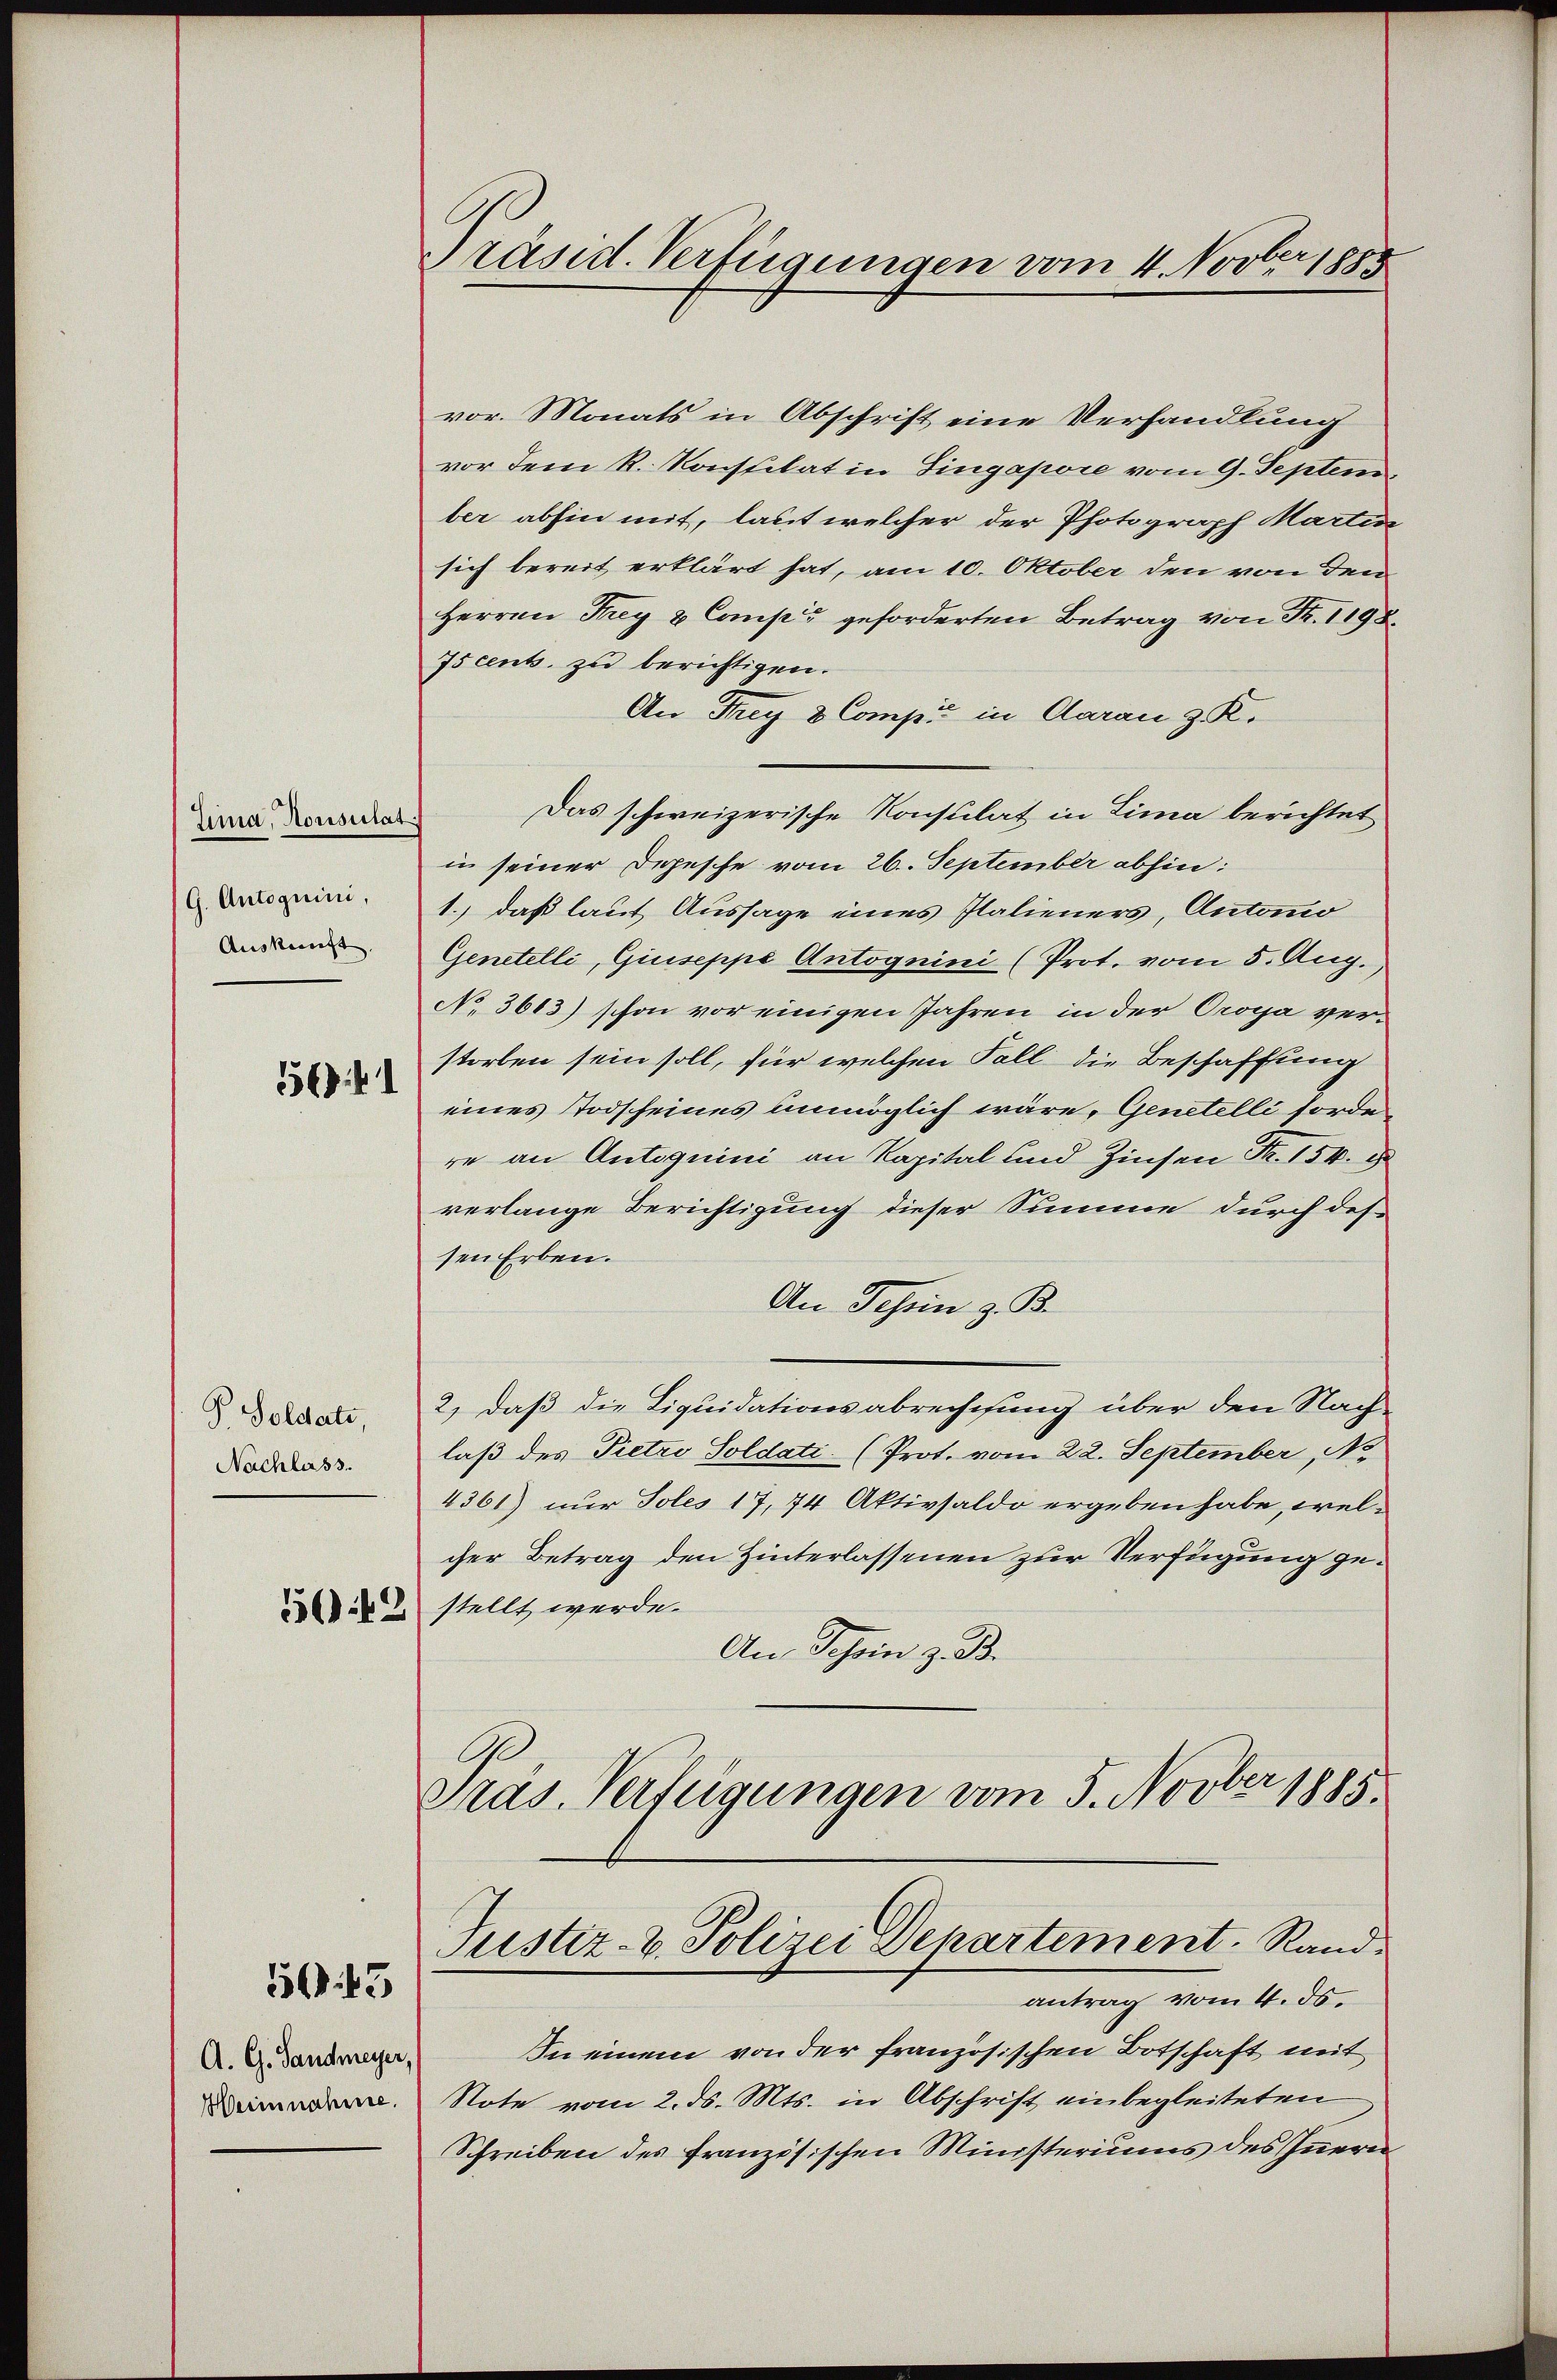
Zina, Konsulat
G. Antoguini,
Auskunft.

56) 41

P. Soldate,
Nachlass.

1643

A. G. Sandmeyer,
Heiinnahme.

räsid. Verfügungen vom 4. Novber 1885

vor. Monats in Abschrift eine Verhandlung
vor dem R. Konstilat in Singapore vom 9. Septem,
ber abhin mit, laut welcher der Photograph Martin
sich bereit erklärt hat, am 10. Oktober den von den
Herren Frey & Comp. geforderten Betrag von Fr. 1198
Iscents, zu berichtigen.
An Frey 8 Compi in daran z. K.
Das schweizerische Konsulat in Lima berichtet
in seiner Depesche vom 26. September abhin:
1., daß laut Aussage eines Italieners, Automo
Genetelli, Giuseppe Antognini (Prot. vom 5. Aug.
No 3613) schon vor einigen Jahren in der Oropa verstorben sein soll, für welchen Fall die Beschaffung
eines Todscheines unmöglich wäre, Genetelli forde
re an Antoquini an Kapital und Zinsen Nr. 154. d
verlange Berichtigung dieser Summe durch des
sen Erben.
An Schein z. B.
2.) Daß die Liquidationsabrechnung über den Nach-
laß des Pietro Soldati (Prot. vom 22. September, No
4361) nur Toles 17, 74 Aktivsaldo ergeben habe, welcher Betrag den Hinterlassenen zur Verfügung ge¬
22 stellt werde.
An Schein z. B.
C
Gras. Verfügungen vom 5. Novber 1885.

Justiz- & Polizei Departement. Rand
antrag vom 4. ds.

In einem von der französischen Botschaft mit
Note vom 2. ds. Mts. in Abschrift einbegleiteten
Schreiben des französischen Ministeriums des Innern